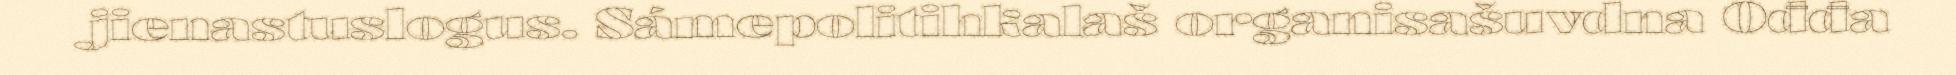
jienastuslogus. Sámepolitihkalaš organisašuvdna Ođđa